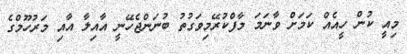
މިއީ ކުން ހީއެއް ކަމަށް ވާނަމަ މާފްކުރޭމިވަގުތު ބުނަންޖެހޭނީ އާއިލާ އާއި މަރުހޫމްގެ